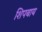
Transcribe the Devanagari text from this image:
शिपबाय